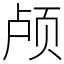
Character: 颅